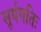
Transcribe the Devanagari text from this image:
सूर्यगतिः